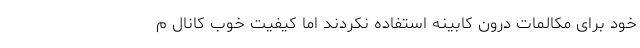
خود برای مکالمات درون کابینه استفاده نکردند اما کیفیت خوب کانال م